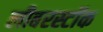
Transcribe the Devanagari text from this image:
लीबरस्टॉक